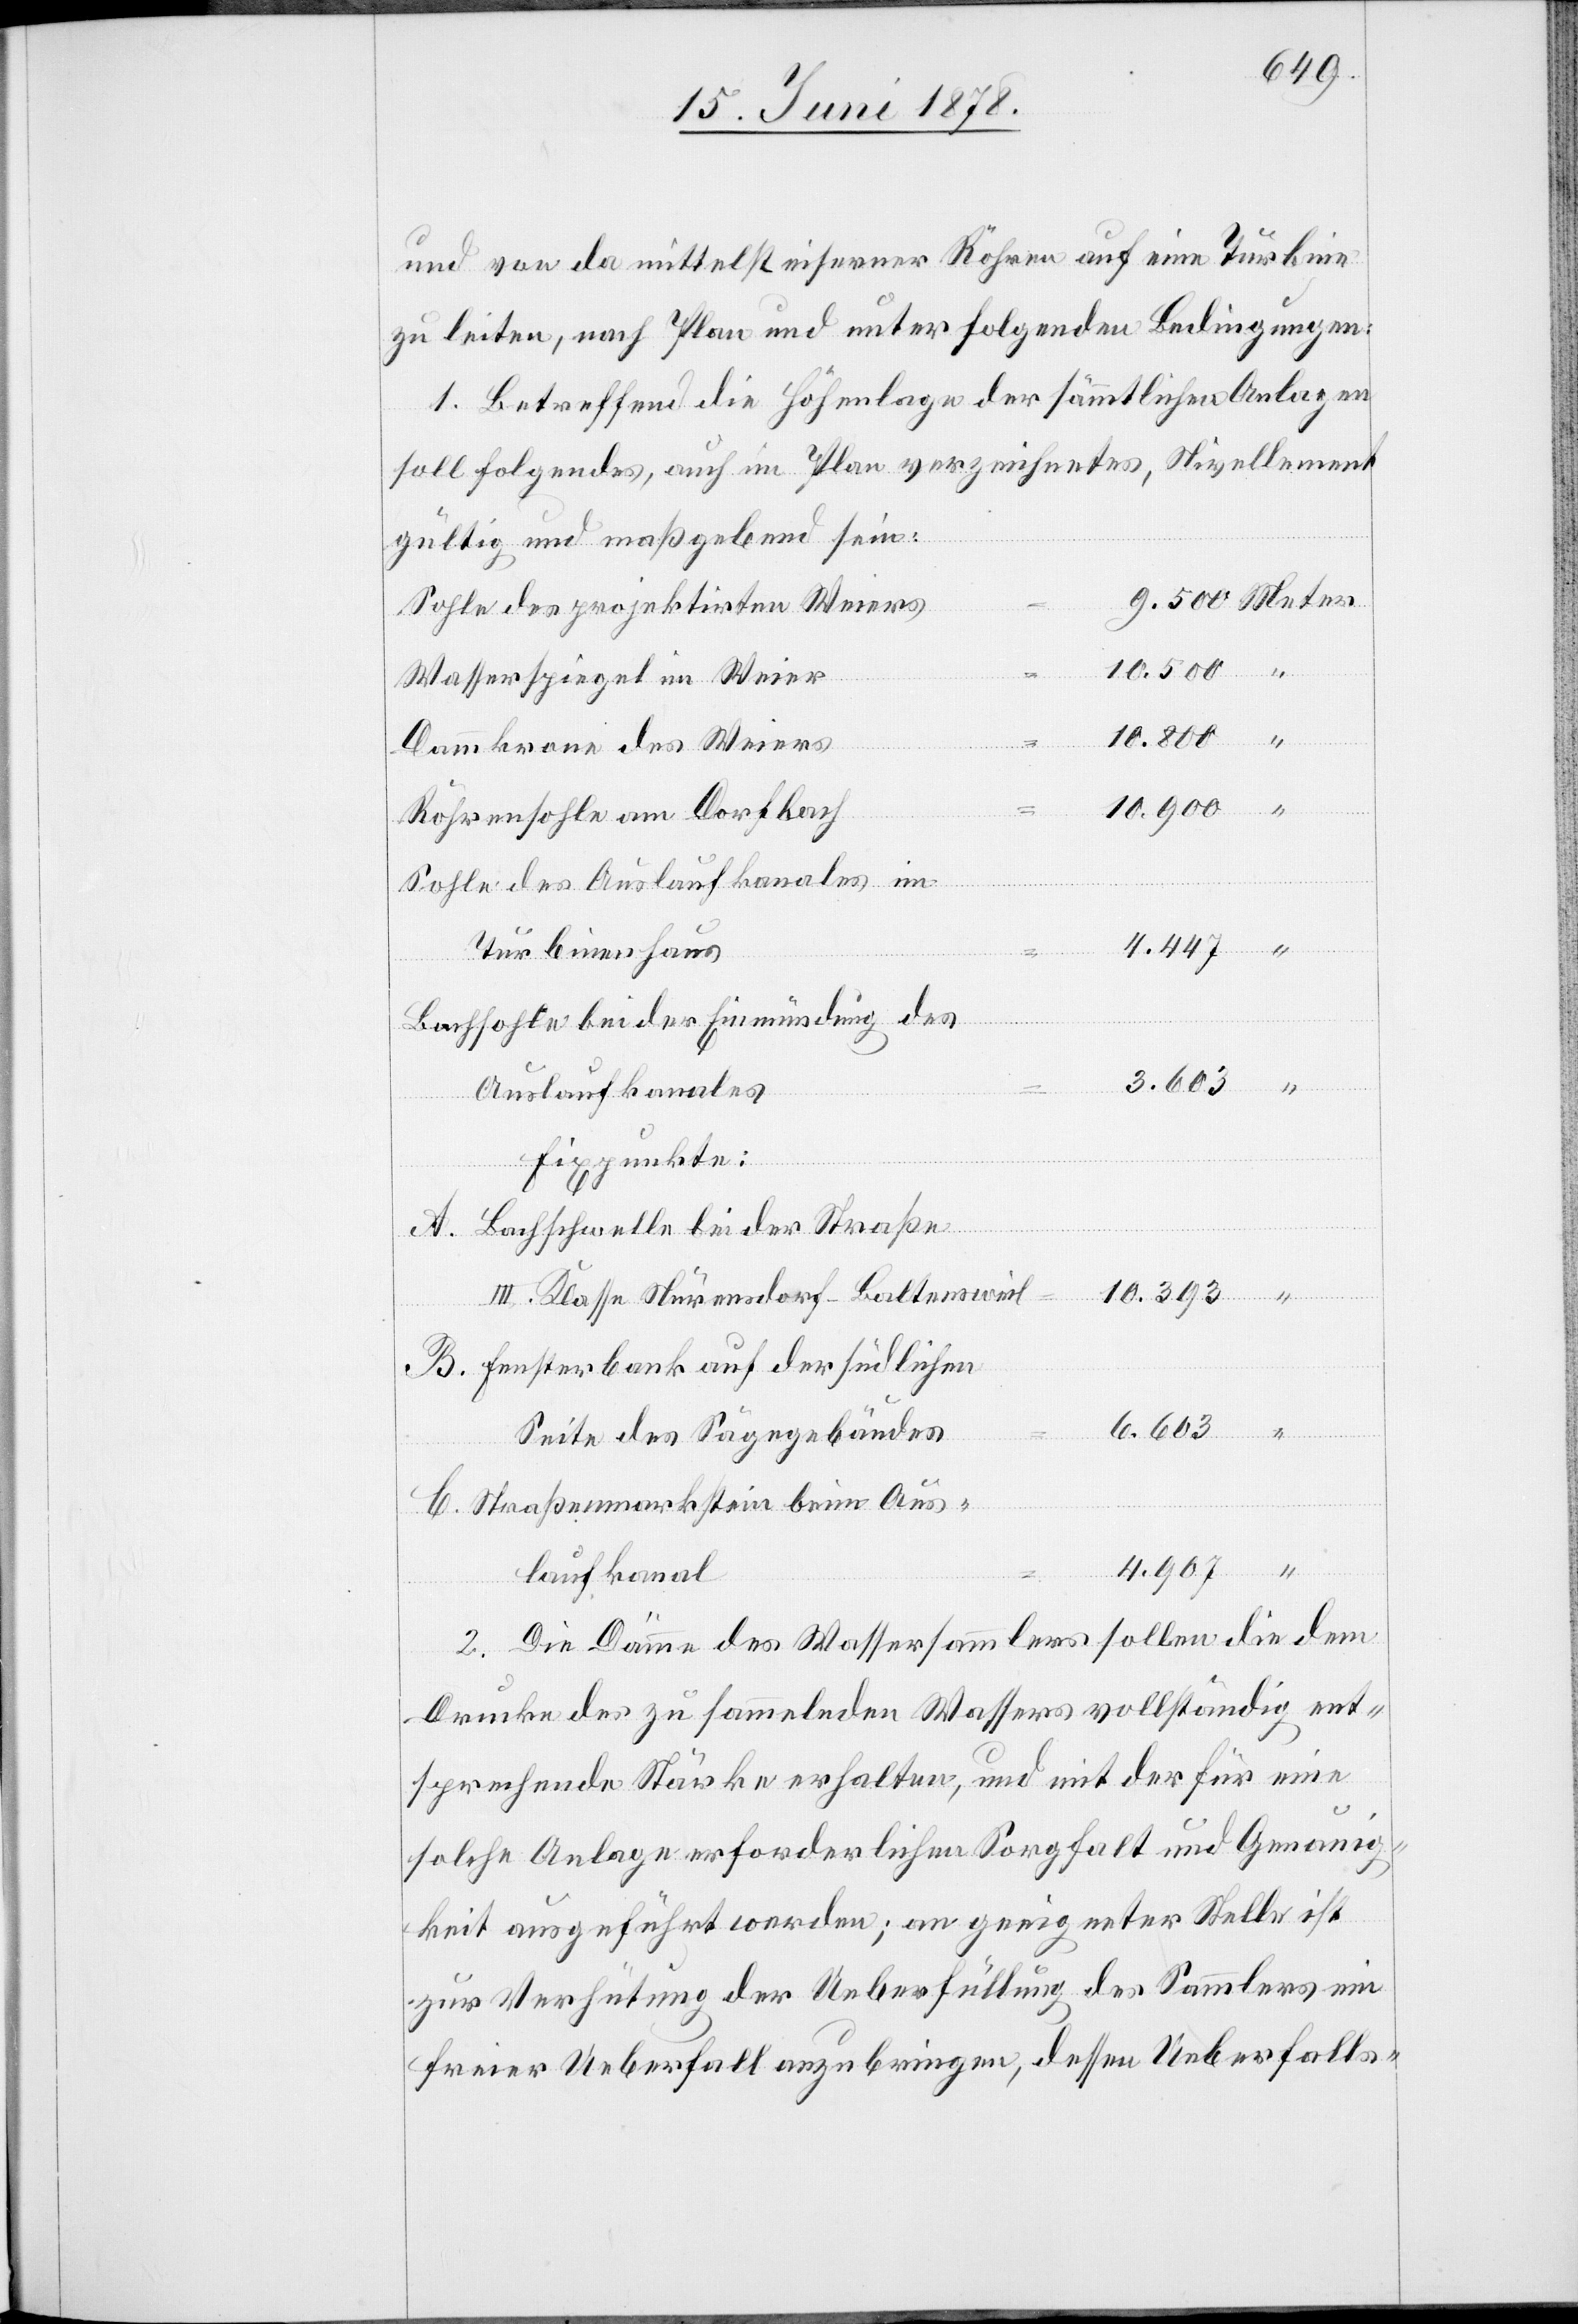
und von da mittelst eiserner Röhren auf eine Turbine
zu leiten, nach Plan und unter folgenden Bedingungen:
1. Betreffend die Höhenlage der sämmtlichen Anlagen
soll folgendes, auch im Plan verzeichnetes, Nivellement
gültig und maßgebend sein:
Sohle des projektirten Weiers
10.800
Wasserspiegel im Weier
Dammkrone des Weiers
Röhrensohle am Dorfbach
Sohle des Auslaufkanales im
Turbinenhaus
Bachsohle bei der Einmündung des
Auslaufkanales
Fixpunkte:
A. Bachschwelle bei der Straße
III. Klasse Nürensdorf–Baltensweil
B. Fensterbank auf der südlichen
Seite des Sägegebäudes
“
C. Straßenmarkstein beim Aus¬
laufkanal
2. Die Dämme des Wassersammlers sollen die dem
Drucke des zu sammelnden Wassers vollständig ent¬
sprechende Stärke erhalten, und mit der für eine
solche Anlage erforderlichen Sorgfalt und Genauig¬
keit ausgeführt werden; an geeigneter Stelle ist
zur Verhütung der Ueberfüllung des Sammlers ein
freier Ueberfall anzubringen, dessen Ueberfalls-